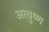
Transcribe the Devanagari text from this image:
अत्युष्ण